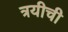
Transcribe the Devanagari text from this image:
त्रयीची